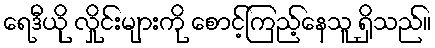
ရေဒီယို လှိုင်းများကို စောင့်ကြည့်နေသူ ရှိသည်။